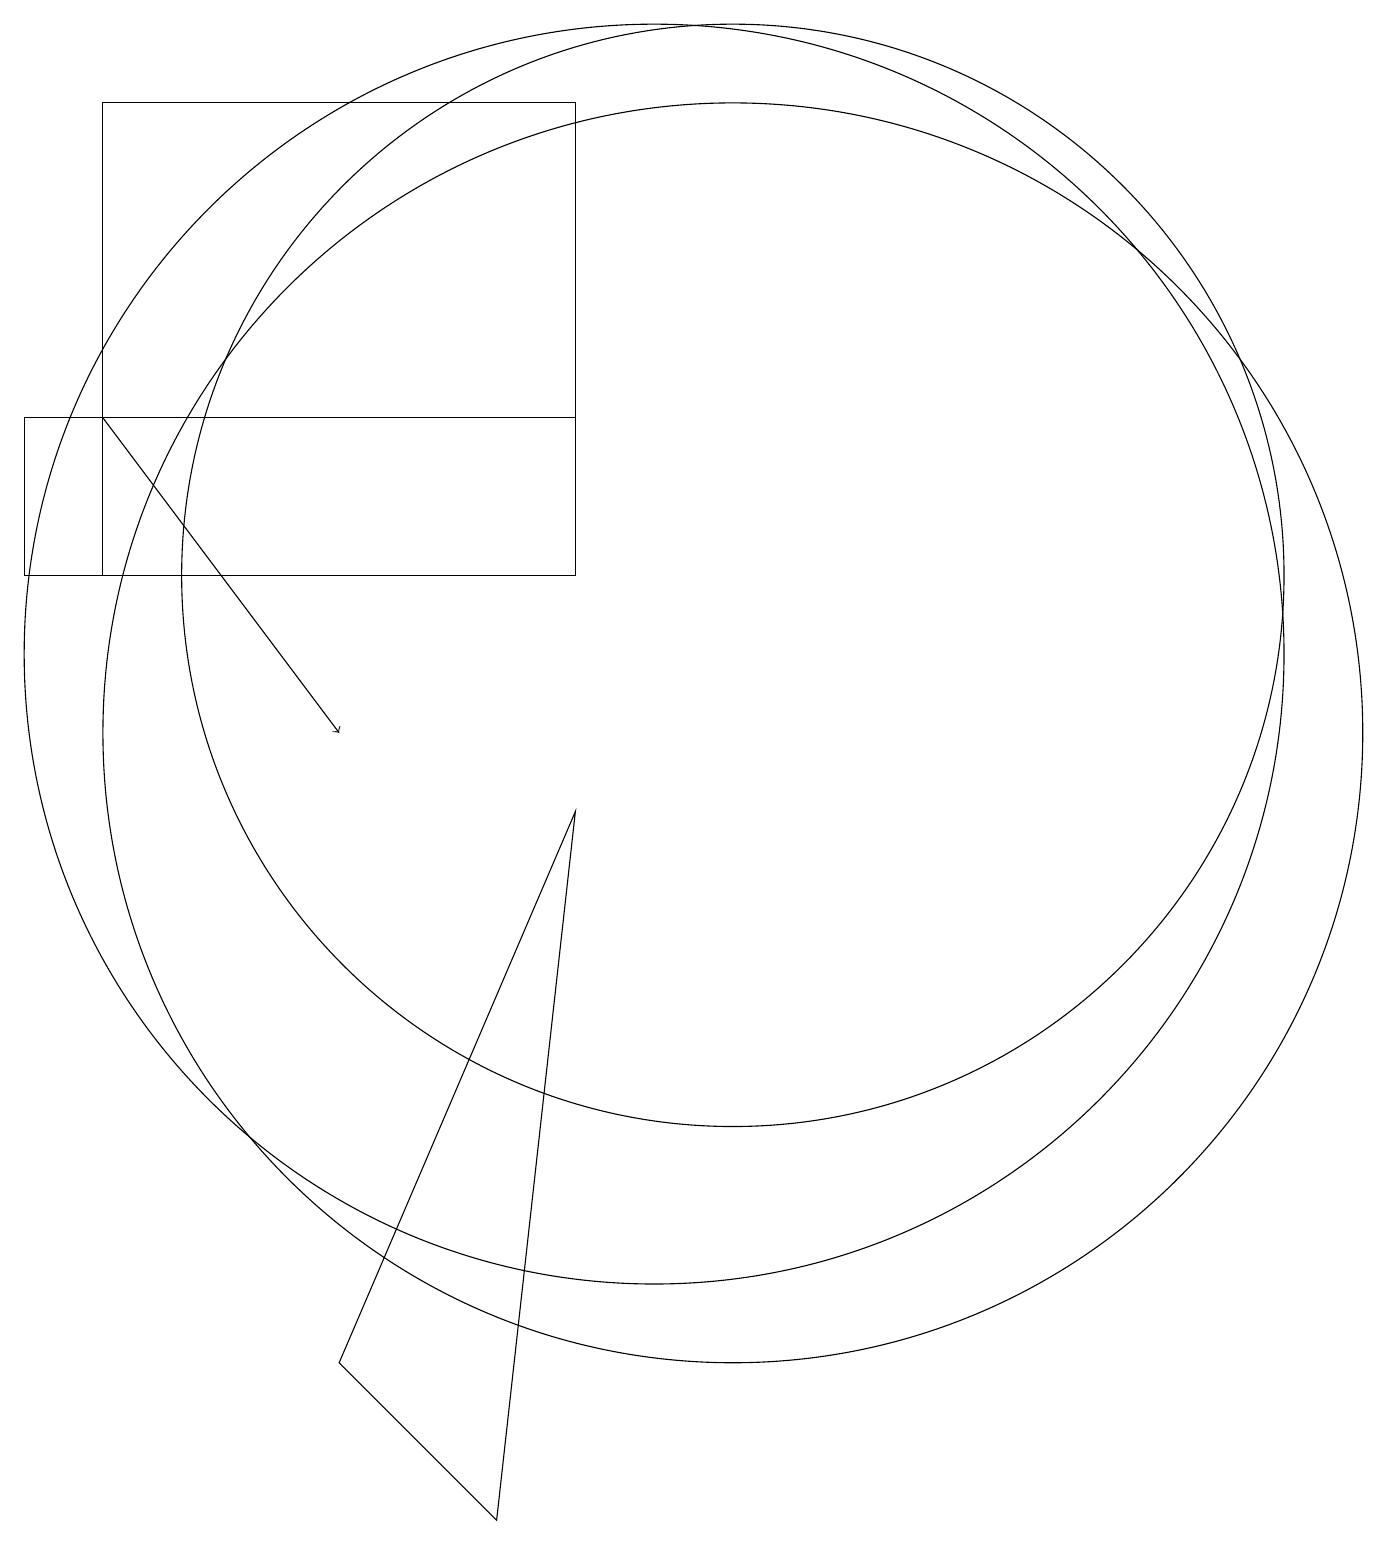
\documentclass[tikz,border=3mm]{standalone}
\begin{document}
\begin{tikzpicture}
\draw (10,11) circle (8);
\draw (11,10) circle (8);
\draw (2,14) rectangle (9,12);
\draw[->] (3,14) -- (6,10);
\draw (8,0) -- (6,2) -- (9,9) -- cycle;
\draw (11,12) circle (7);
\draw (9,18) rectangle (3,12);
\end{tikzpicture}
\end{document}